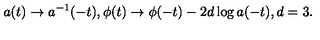
a ( t ) \rightarrow a ^ { - 1 } ( - t ) , \phi ( t ) \rightarrow \phi ( - t ) - 2 d \log a ( - t ) , d = 3 .